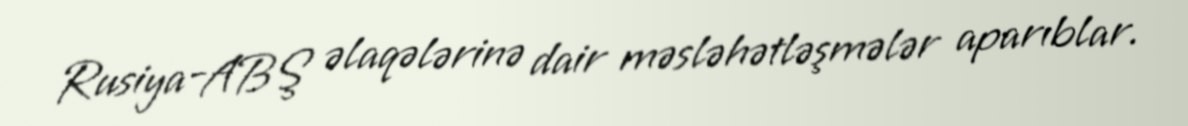
Rusiya-ABŞ əlaqələrinə dair məsləhətləşmələr aparıblar.